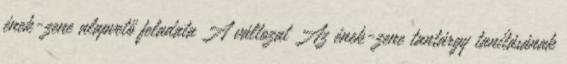
ének-zene alapvető feladata A változat Az ének-zene tantárgy tanításának